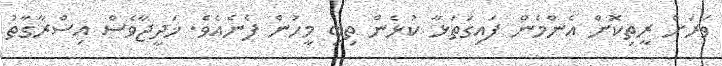
ވަރަށް ރީތިކޮށް އެންމެން ފައިގަތަޅާ ކުޅެން ތިބި މީހުން ފެނެއެވެ. ޚަދީޖާވެސް އިސްރާގާތު